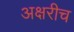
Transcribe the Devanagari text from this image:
अक्षरीच